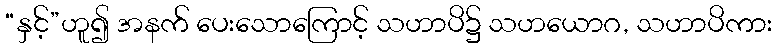
“နှင့်”ဟူ၍ အနက် ပေးသောကြောင့် သဟာပိ၌ သဟယောဂ, သဟာပိကား